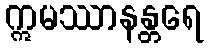
ဣမဿာနန္တရေ